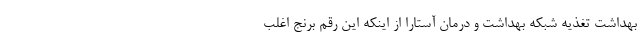
بهداشت تغذیه شبکه بهداشت و درمان آستارا از اینکه این رقم برنج اغلب